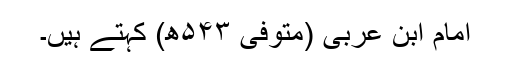
امام ابن عربی (متوفی ۵۴۳ھ) کہتے ہیں۔